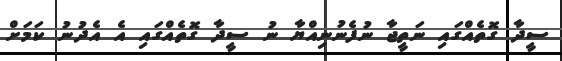
ސީދާ ގޮތެއްގައި ނަތީޖާ ނުފެނުނިއްޔާ ނު ސީދާ ގޮތެއްގައި އެ އެދުނު ކަމަށް